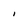
Character: I